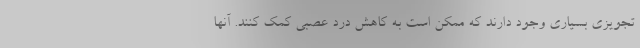
تجویزی بسیاری وجود دارند که ممکن است به کاهش درد عصبی کمک کنند. آنها